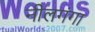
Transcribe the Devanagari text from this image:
नीलगंगा